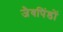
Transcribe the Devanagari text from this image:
जैवपिंडों